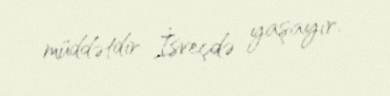
müddətdir İsveçdə yaşayır.